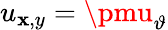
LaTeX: u_{\mathbf{x},y}=\pmu_{\vartheta}